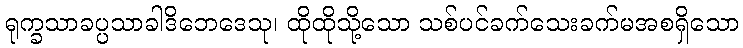
ရုက္ခသာခပ္ပသာခါဒိဘေဒေသု၊ ထိုထိုသို့သော သစ်ပင်ခက်သေးခက်မအစရှိသော